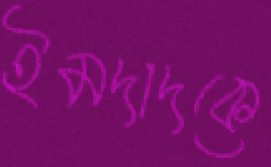
ইমদাদকে